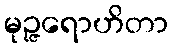
မုဉ္ဇရောဟိတာ